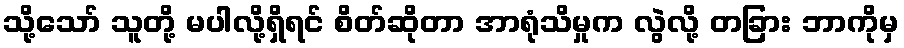
သို့သော် သူတို့ မပါလို့ရှိရင် စိတ်ဆိုတာ အာရုံသိမှုက လွဲလို့ တခြား ဘာကိုမှ